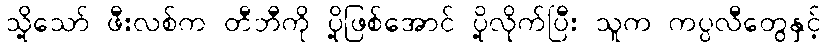
သို့သော် ဖီးလစ်က တီဘီကို ပို့ဖြစ်အောင် ပို့လိုက်ပြီး သူက ကပ္ပလီတွေနှင့်